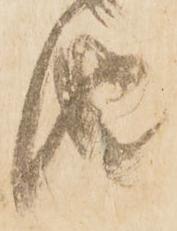
由